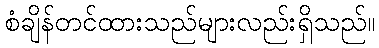
စံချိန်တင်ထားသည်များလည်းရှိသည်။